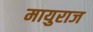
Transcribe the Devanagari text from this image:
मायुराज